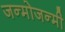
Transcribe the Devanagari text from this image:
जन्मोजन्मी